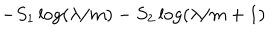
LaTeX: - S _ { 1 } \log ( \lambda / m ) - S _ { 2 } \log ( \lambda / m + 1 )